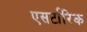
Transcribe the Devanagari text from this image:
एसर्टारिक